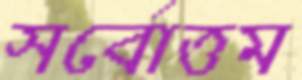
সর্বোত্তম